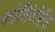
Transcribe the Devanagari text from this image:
कोशिंबीरीस